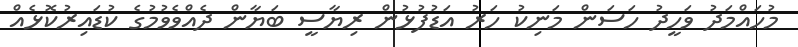
މުހައްމަދު ވަހީދު ހަސަން މަނިކު ހަރު އަޑުފުޅުން ރިޔާސީ ބަޔާން ދެއްވެވުމުގެ ކުޑައިރުކޮޅެއް